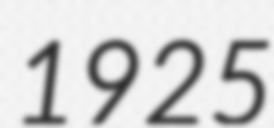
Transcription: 1925